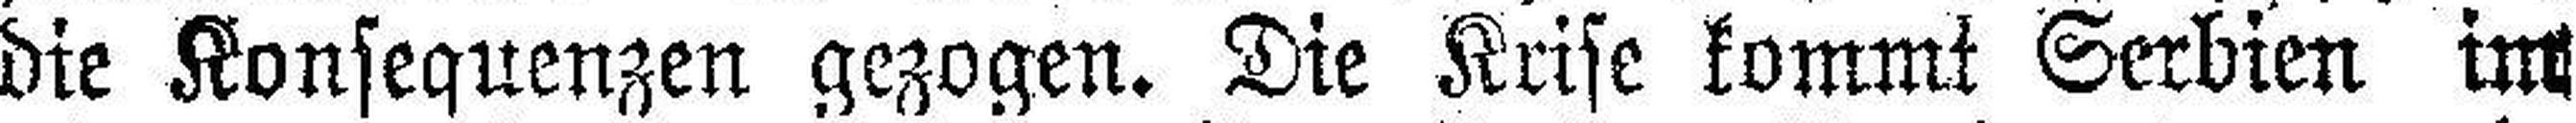
die Konsequenzen gezogen. Die Krise kommt Serbien im